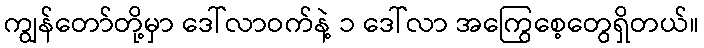
ကျွန်တော်တို့မှာ ဒေါ်လာဝက်နဲ့ ၁ ဒေါ်လာ အကြွေစေ့တွေရှိတယ်။